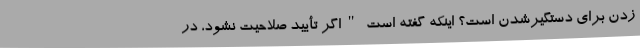
زدن برای دستگیرشدن است؟ اینکه گفته است "اگر تأیید صلاحیت نشود، در